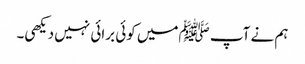
ہم نے آپ ﷺمیں کوئی برائی نہیں دیکھی۔